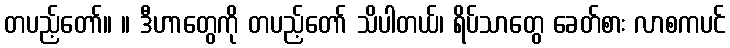
တပည့်တော်။ ။ ဒီဟာတွေကို တပည့်တော် သိပါတယ်၊ ရိပ်သာတွေ ခေတ်စား လာစကပင်